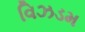
વિઝડમ